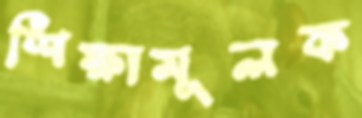
শিক্ষামূলক